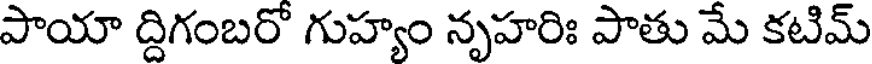
పాయా ద్దిగంబరో గుహ్యం నృహరిః పాతు మే కటిమ్